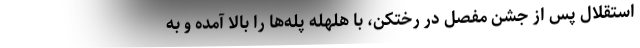
استقلال پس از جشن مفصل در رختکن، با هلهله پله‌ها را بالا آمده و به